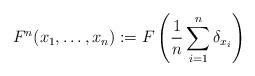
LaTeX: \begin{align*}F^n(x_1,\dots,x_n):= F\left( \frac{1}{n}\sum_{i=1}^n\delta_{x_i} \right)\end{align*}